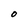
Character: O